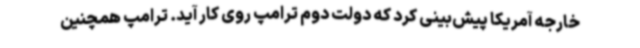
خارجه آمریکا پیش‌بینی کرد که دولت دوم ترامپ روی کار آید. ترامپ همچنین